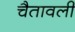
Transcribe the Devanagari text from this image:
चैतावली